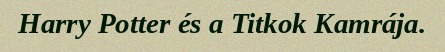
Harry Potter és a Titkok Kamrája.